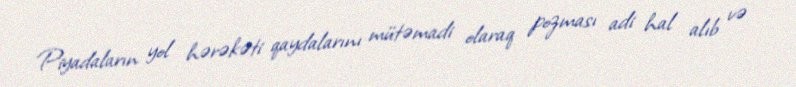
Piyadaların yol hərəkəti qaydalarını mütəmadi olaraq pozması adi hal alıb və